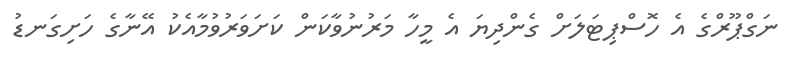
ނަގްޕޫރްގެ އެ ހޮސްޕިޓަލަށް ގެންދިޔަ އެ މީހާ މަރުނުވާކަން ކަށަވަރުވުމާއެކު އޭނާގެ ހަށިގަނޑު